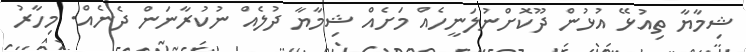
ޝިމާޔާ ތިއުޅޭ އުޅުން ދޫކޮށްނުލަނީހެއް މަށެއް ޝިމާޔާ ދުލެއް ނުކުރާނަން ދެނެއް. މިހާރު